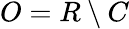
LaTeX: O=R\setminus C